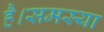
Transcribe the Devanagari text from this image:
है।समस्या